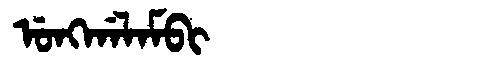
Manchu: ᡠᠩᡤᠠᠯᠠᠮᠪᡳ
Romanization: UNGGALAMBI